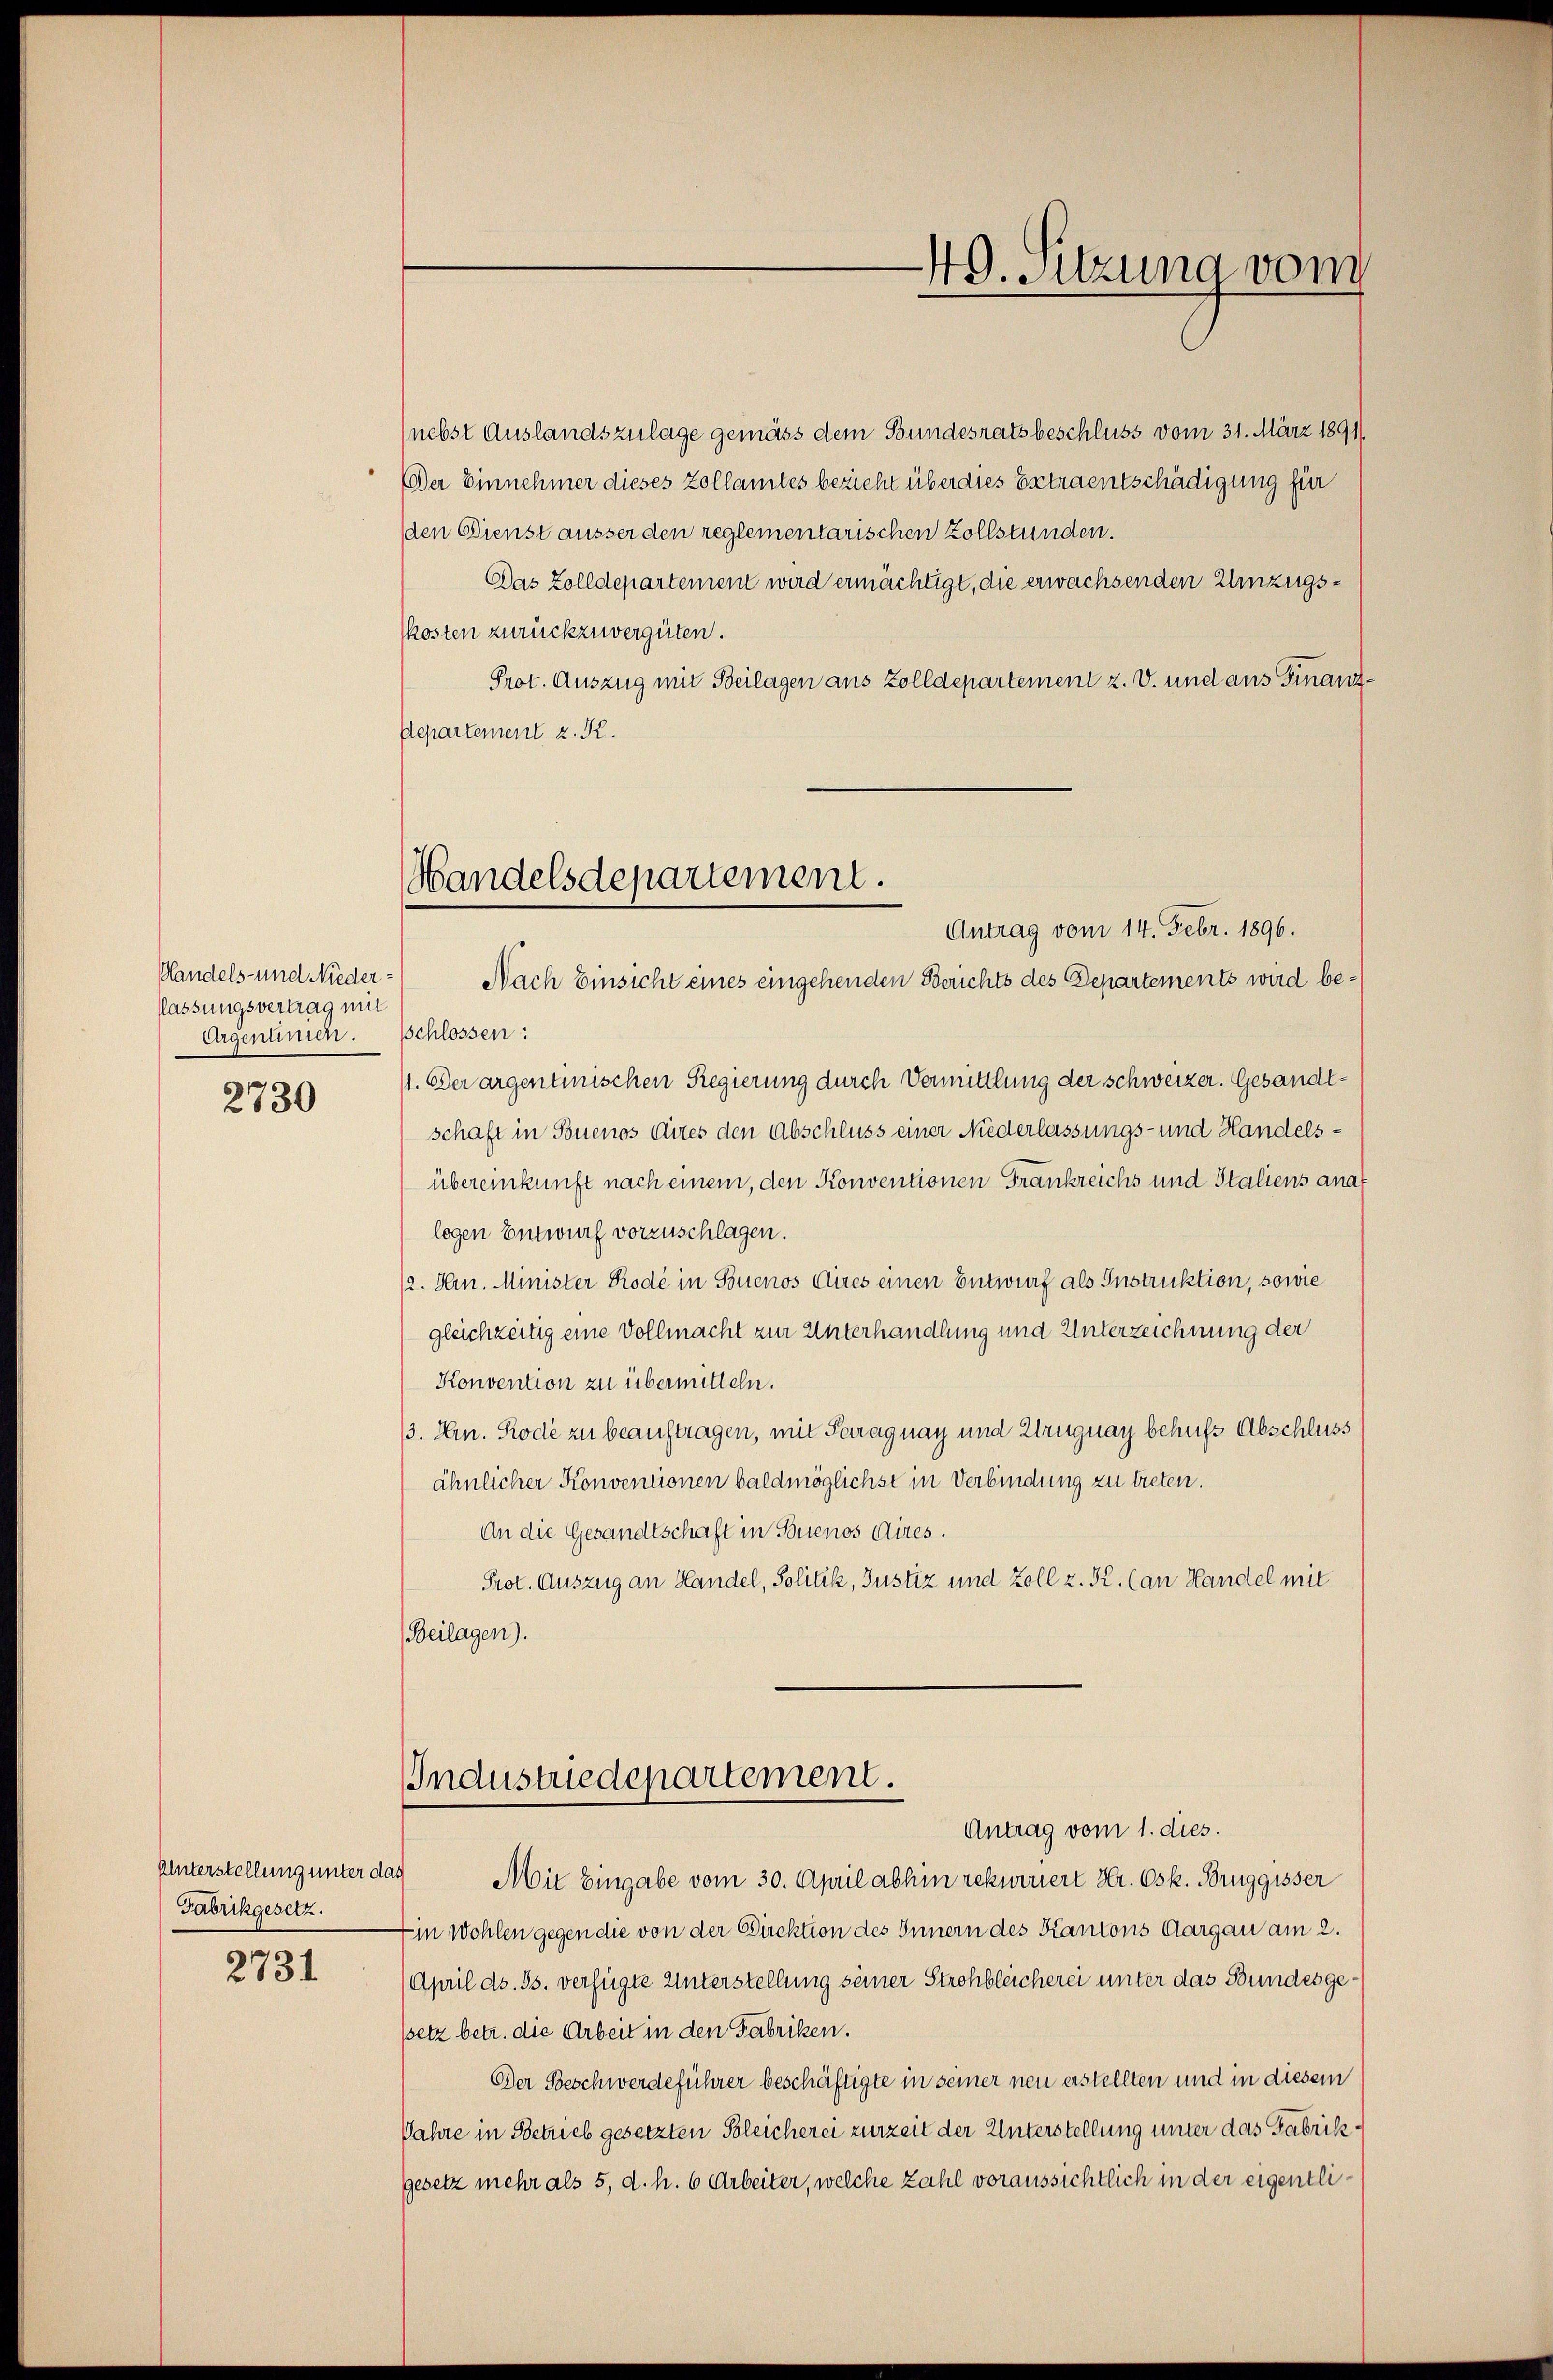
Handels- und Nieder:
flassungsvertrag mit
Argenumen.

2730

Fabrikgesetz.

2731

(nebst Auslandszulage gemäss dem Bundesratsbeschluss vom 31. März 1891/
Der Einnehmer dieses Zollamtes bezieht überdies Extraentschädigung für
den Dienst äusser den reglementarischen Zollstünden.
Das Zolldepartement wird ermächtigt, die erwachsenden Umzugskosten zurückzuvergüten.
Prot. Auszug mit Beilagen aus Zolldepartement z. V. und aus Finanz¬
Departement z. R.
Nach Einsicht eines eingehenden Berichts des Departements wird besschlossen:
11. Der argentinischen Regierung durch Vermittlung der Schweizer. Gesandtschaft in Buenos dites den Abschluss einer Niederlassungs- und Handelsübereinkunft nach einem, den Konventionen Frankreichs und Staliens ana
logen Entwurf vorzuschlagen.
/2. Hr. Minister Rode in Buenos Aires einen Entwurf als Instruktion, sowie
gleichzeitig eine Vollmacht zur Unterhandlung und Unterzeichnung der
Konvention zu übermitteln.
3. Hr. Rode zu beauftragen, mit Paraguay und Uruguay behufs Abschluss
ähnlicher Konventionen baldmöglichst in Verbindung zu treten.
An die Gesandtschaft in Buenos Aires.
Prot. Auszug an Handel, Solitik, Justiz und Zoll z. K. (an Handel mit
Beilagen).
Industriedepartement.
Antrag vom 1. dies.
Unterstellung unter das Mit Eingabe vom 30. April abhin rekurriert Hr. Osk. Bruggisser
Ein Wohlen gegen die von der Direktion des Innern des Kantons Aargau am 2.
April ds. Js. verfügte Unterstellung seiner Strohbleicherei unter das Bundesgessetz betr. die Arbeit in den Fabriken.
Der Beschwerdeführer beschäftigte in seiner neu erstellten und in diesem
Jahre in Betrieb gesetzten Soleicherei zurzeit der Unterstellung inter das Fabrikgesetz mehr als 5, d. h. 6 Arbeiter, welche zahl voraussichtlich in der eigentli¬

Handelsdepartement.
Antrag vom 14. Febr. 1896.

49. Sitzung vom